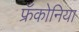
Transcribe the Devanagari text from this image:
फ्रँकोनिया